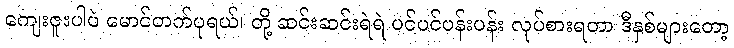
ကျေးဇူးပါပဲ မောင်တက်ပုရယ်၊ တို့ ဆင်းဆင်းရဲရဲ ပင်ပင်ပန်းပန်း လုပ်စားရတာ ဒီနှစ်များတော့